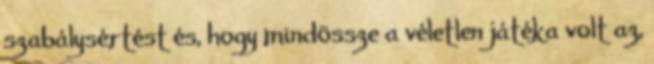
szabálysértést és, hogy mindössze a véletlen játéka volt az,